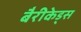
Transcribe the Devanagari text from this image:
बैरीकेड्स